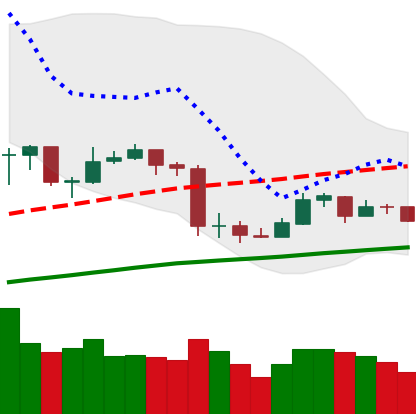
Ticker: ETC-USD
Chart end date: 2020-03-07
Forward return: -49.306%
Label: down_7plus